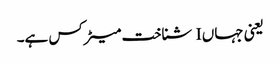
یعنی جہاں I شناخت میٹرکس ہے۔